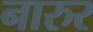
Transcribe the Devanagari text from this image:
नारुर